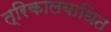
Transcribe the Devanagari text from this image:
त्रिकालबाधित